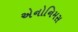
એનોનિમસ